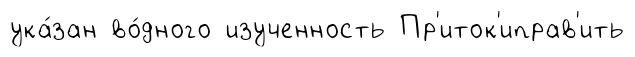
ука́зан во́дного изученность Пр'иток'иправ'ить